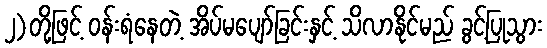
၂)တို့ဖြင့် ဝန်းရံနေတဲ့ အိပ်မပျော်ခြင်းနှင့် သိလာနိုင်မည် ခွင့်ပြုသွား